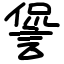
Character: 諐